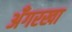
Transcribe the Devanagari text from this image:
अँगरखा